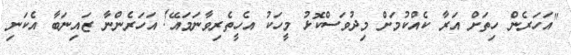
"އަހަރެން ހިތަށް އަރާ ކެއްކުމަށް މިދުވަސްކޮޅު މީހަކު އެހީތެރިވާނަމައޭ! އަހަރެންނާ ޒައިނަބާ އެކަނި